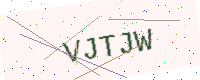
Text: VJTJW